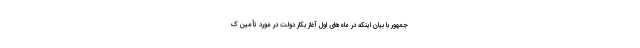
جمهور با بیان اینکه در ماه‌های اول آغاز بکار دولت در مورد تأمین ک